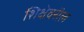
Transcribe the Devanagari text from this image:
शिक्षेवरील